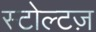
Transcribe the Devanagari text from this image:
स्टोल्टज़